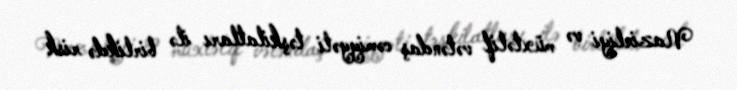
Nazirliyi və müxtəlif vətəndaş cəmiyyəti təşkilatları ilə birlikdə risk